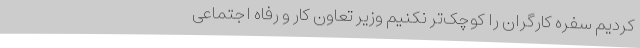
کردیم سفره کارگران را کوچک‌تر نکنیم وزیر تعاون کار و رفاه اجتماعی